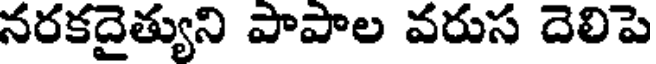
నరకదైత్యుని పాపాల వరుస దెలిపె